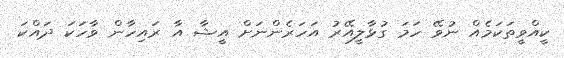
ކީއްވީތަކަމެއް ނުވޭ ހަަމަ ގުޅާލީއޭރު އަހަރެންނަށް އީޝާ އާ ރައިހާން ވާހަކަ ދައްކަ